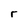
Character: r